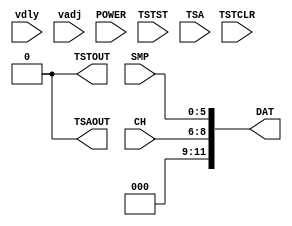
`timescale 1ns / 1ps
// Model for an IRS2.
//
// Right now all this does is output TSTOUT and TSA_OUT based on Vdly and Vadj values,
// assuming a 0-2.5V full-scale value in 16 bits.
//
// Maybe change this eventually to accept some sort of a float or a string.
module irs2_model(
		input [15:0] vdly,
		input [15:0] vadj,
		input POWER,
		input TSTCLR,
		input TSTST,
		output TSTOUT,
		input TSA,
		output TSAOUT,
		input [5:0] SMP,
		input [2:0] CH,
		output [11:0] DAT
    );

	// Give ourselves some data to latch.
	assign DAT = {{3{1'b0}},CH,SMP};


	reg wilkinson_enable = 0;
	always @(posedge TSTCLR or posedge TSTST) begin
		if (TSTST)
			wilkinson_enable = 1;
		else if (TSTCLR)
			wilkinson_enable = 0;
	end

	// delay for wilkinson
	// from goofy previous mesurements
	// 2.5V = 180 kHz = 5.6 us
	// 2.0V = 170 kHz = 5.9 us
	// 1.4V = 160 kHz = 6.2 us
	// 1.1V = 135 kHz = 7.4 us
	// 1.0V = 125 kHz = 8 us
	// linearizing (horrible approximation) we get 2.4 us/1.5V
	// delay in ns = 9600 - (dac value)*(2500 mV/65535)*(2400/1500)
	/// = 9600 - 0.061*(dac value)
	// or, much simpler = 9600 - (dac_value)/16
	// so the half-time is 4800 - (dac_value)/32
	// this output is in nanoseconds
	function [15:0] vdly_to_delay;
		input [15:0] vdly;
		reg [31:0] tmp;
		begin
			tmp = 153600 - vdly;
			// now divide by 32
			vdly_to_delay = tmp[20:5];
		end
	endfunction
	
	reg test_out_reg = 0;
	reg [15:0] wilkinson_delay;
	always @(vdly) begin
		wilkinson_delay = vdly_to_delay(vdly);
	end
	always @(posedge test_out_reg) begin
		#wilkinson_delay test_out_reg = 0;
	end
	always @(negedge test_out_reg) begin
		if (wilkinson_enable)
			#wilkinson_delay test_out_reg = 1;
	end
	always @(posedge wilkinson_enable) begin
		#wilkinson_delay test_out_reg = 1;
	end
	assign TSTOUT = test_out_reg;

	function [15:0] vadj_to_delay;
		input [15:0] vadj;
		reg [31:0] tmp;
		begin
			tmp = vadj - 18350;
			vadj_to_delay = 20 - tmp[27:12];
		end
	endfunction

	reg [15:0] tsa_delay;
	always @(vadj) begin
		tsa_delay = vadj_to_delay(vadj);
	end

	reg tsa_out_reg = 0;
	always @(posedge TSA)
		#tsa_delay tsa_out_reg = 1;		
	always @(negedge TSA)
		#tsa_delay tsa_out_reg = 0;
		
	assign TSAOUT = tsa_out_reg;

endmodule